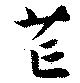
芒